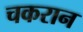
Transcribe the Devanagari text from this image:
चकरान